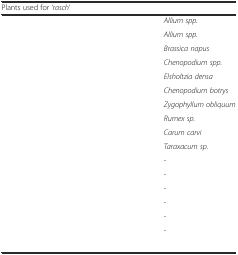
<table><thead><tr><td><b>Plants used for ‘<i>rasch</i>’</b></td><td>[EMPTY_CELL]</td></tr></thead><tbody><tr><td>[EMPTY_CELL]</td><td><i>Allium spp.</i></td></tr><tr><td>[EMPTY_CELL]</td><td><i>Allium spp.</i></td></tr><tr><td>[EMPTY_CELL]</td><td><i>Brassica napus</i></td></tr><tr><td>[EMPTY_CELL]</td><td><i>Chenopodium spp.</i></td></tr><tr><td>[EMPTY_CELL]</td><td><i>Elsholtzia densa</i></td></tr><tr><td>[EMPTY_CELL]</td><td><i>Chenopodium botrys</i></td></tr><tr><td>[EMPTY_CELL]</td><td><i>Zygophyllum obliquum</i></td></tr><tr><td>[EMPTY_CELL]</td><td><i>Rumex sp.</i></td></tr><tr><td>[EMPTY_CELL]</td><td><i>Carum carvi</i></td></tr><tr><td>[EMPTY_CELL]</td><td><i>Taraxacum sp.</i></td></tr><tr><td>[EMPTY_CELL]</td><td>-</td></tr><tr><td>[EMPTY_CELL]</td><td>-</td></tr><tr><td>[EMPTY_CELL]</td><td>-</td></tr><tr><td>[EMPTY_CELL]</td><td>-</td></tr><tr><td>[EMPTY_CELL]</td><td>-</td></tr><tr><td>[EMPTY_CELL]</td><td>-</td></tr><tr><td>[EMPTY_CELL]</td><td>[EMPTY_CELL]</td></tr></tbody></table>